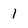
Character: 1